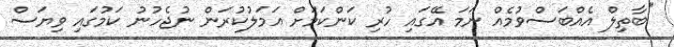
"ބާތިލް އެއްބަސްވުމެއް ނަމަ އޭގައި ހުރި ކަންކަމަށް އަމަލުކުރަން ނުޖެހުނު ކަމުގައި ވިޔަސް